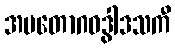
အမတောဂဓဒွါဒသကီ